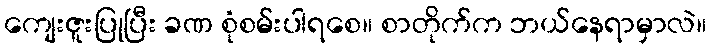
ကျေးဇူးပြုပြီး ခဏ စုံစမ်းပါရစေ။ စာတိုက်က ဘယ်နေရာမှာလဲ။